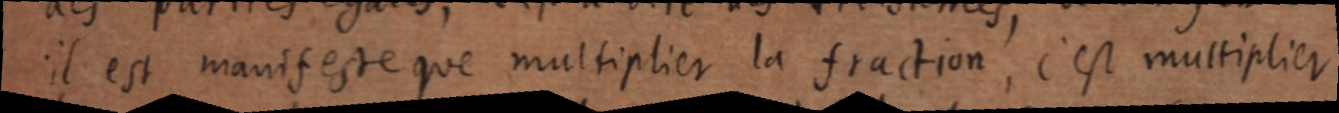
il est mantfeste que multiplier la fraction, c’est multiplier